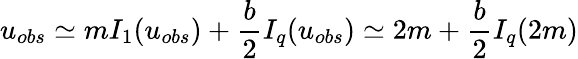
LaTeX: u_{obs}\simeq mI_{1}(u_{obs})+\frac{b}{2}I_{q}(u_{obs})\simeq 2m+\frac{b}{2}I_{q}(2m)